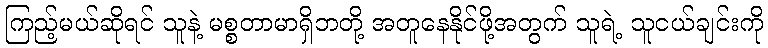
ကြည့်မယ်ဆိုရင် သူနဲ့ မစ္စတာမာရှိဘတို့ အတူနေနိုင်ဖို့အတွက် သူရဲ့ သူငယ်ချင်းကို